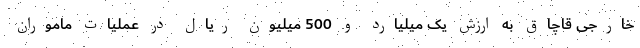
خارجی قاچاق به ارزش یک میلیارد و 500 میلیون ریال در عملیات ماموران